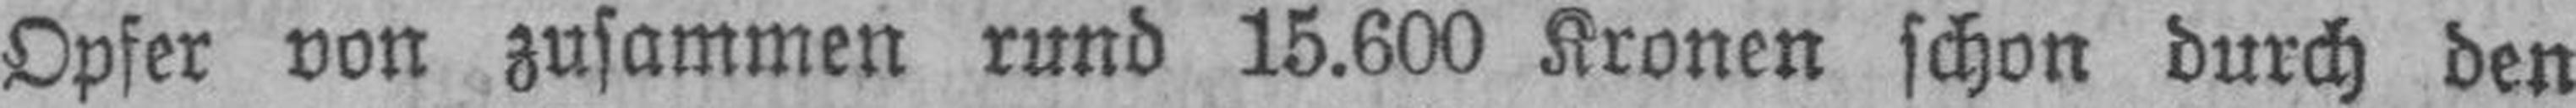
Opfer von zusammen rund 15.600 Kronen schon durch den